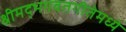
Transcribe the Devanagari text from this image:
श्रीमद्भगवतगीतेमध्ये